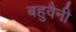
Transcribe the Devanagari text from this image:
बहुवैनी